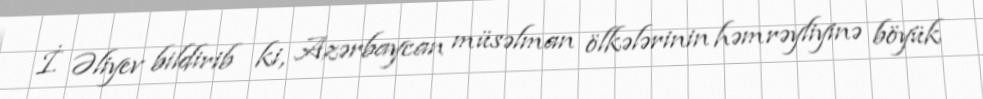
İ. Əliyev bildirib ki, Azərbaycan müsəlman ölkələrinin həmrəyliyinə böyük